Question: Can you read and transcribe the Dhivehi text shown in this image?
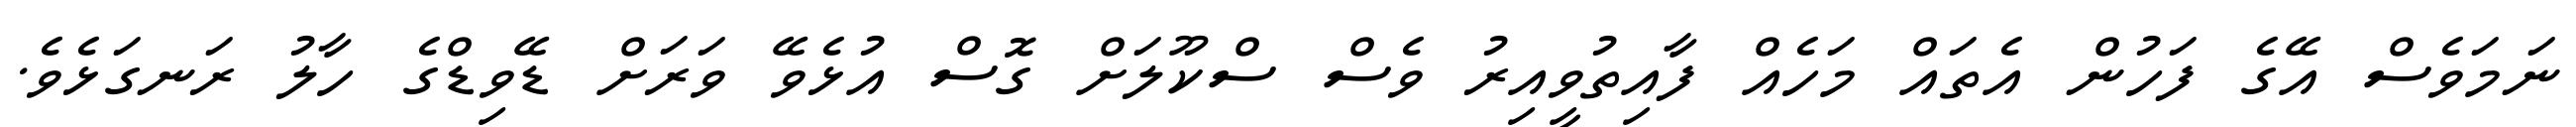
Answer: ނަމަވެސް އޭގެ ފަހުން އެތައް މަހެއް ފާއިތުވީއިރު ވެސް ސްކޫލަށް ގޮސް އުޅެވޭ ވަރަށް ޑޭވިޑްގެ ހާލު ރަނގަޅެވެ.